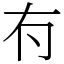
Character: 𠕇